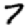
Digit: 7